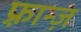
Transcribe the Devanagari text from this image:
फ़्रान्ज़